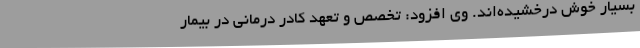
بسیار خوش درخشیده‌اند. وی افزود: تخصص و تعهد کادر درمانی در بیمار